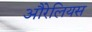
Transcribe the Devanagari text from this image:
औरेलियस